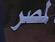
لصر